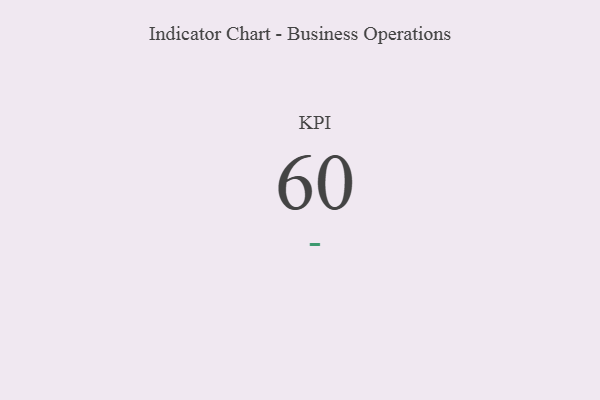
{"axis": {"x": "KPI", "y": "Value"}, "legend": [""], "data": [{"x": "KPI", "y": 60, "type": ""}]}